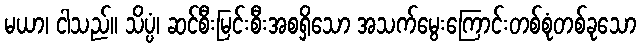
မယာ၊ ငါသည်။ သိပ္ပံ၊ ဆင်စီးမြင်းစီးအစရှိသော အသက်မွေးကြောင်းတစ်စုံတစ်ခုသော